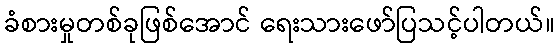
ခံစားမှုတစ်ခုဖြစ်အောင် ရေးသားဖော်ပြသင့်ပါတယ်။